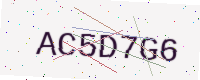
Text: AC5D7G6